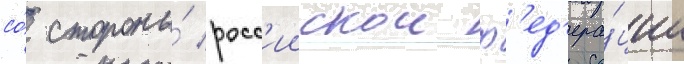
со́ стороны́ росс'иискои ф'ед'ера́ции